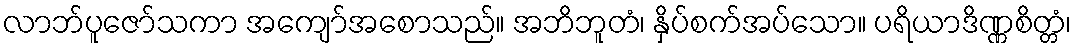
လာဘ်ပူဇော်သကာ အကျော်အစောသည်။ အဘိဘူတံ၊ နှိပ်စက်အပ်သော။ ပရိယာဒိဏ္ဏစိတ္တံ၊